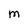
Character: M